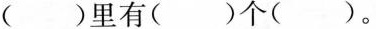
()里有()个()。